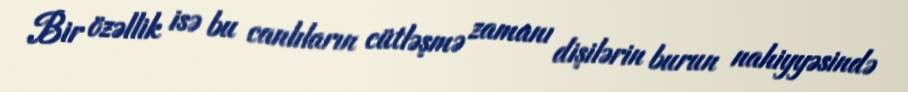
Bir özəllik isə bu canlıların cütləşmə zamanı dişilərin burun nahiyyəsində